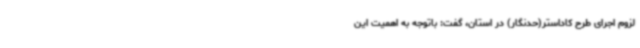
لزوم اجرای طرح کاداستر(حدنگار) در استان، گفت: باتوجه به اهمیت این